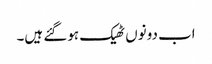
اب دونوں ٹھیک ہوگئے ہیں۔